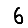
Digit: 6